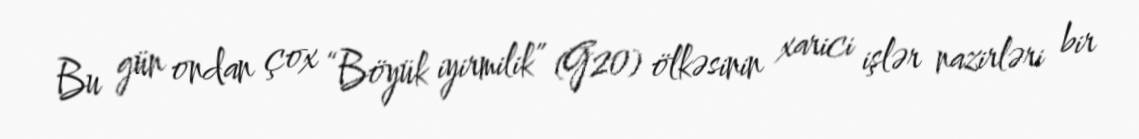
Bu gün ondan çox “Böyük iyirmilik” (G20) ölkəsinin xarici işlər nazirləri bir